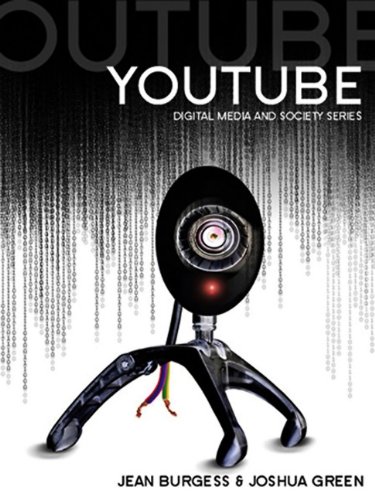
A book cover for YouTube: Online Video and Participatory Culture; Jean Burgess; Computers & Technology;